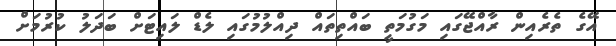
އޭގެ ތެރެއިން ރާއްޖޭގައި މަގުމަތީ ބައްތިތައް ދިއްލުމުގައި ލެޑް ލައިޓަށް ބަދަލު ކުރުމަށް